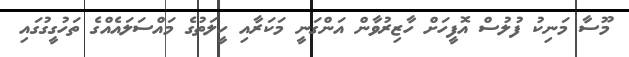
މޫސާ މަނިކު ފުލުސް އޮފީހަށް ހާޒިރުވާން އަންގަނީ މަކަރާއި ހީލަތުގެ މައްސަލައެއްގެ ތަހުގީގުގައި